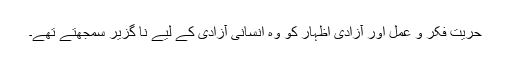
حریت فکر و عمل اور آزادیِ اظہار کو وہ انسانی آزادی کے لیے نا گزیر سمجھتے تھے۔